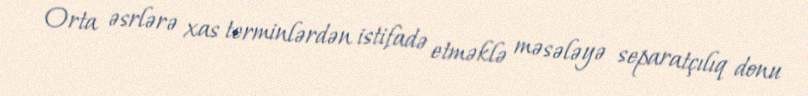
Orta əsrlərə xas terminlərdən istifadə etməklə məsələyə separatçılıq donu